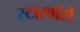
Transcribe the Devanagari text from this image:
स्टारवॉर्स